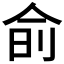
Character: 𬾊